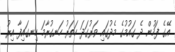
އޭގެ ފަހުން ދެ ގައުމުގެ މެދުގައި ވަރުގަދަ ހަތަރު ހަނގުރާމަ ހިނގައިފާ އިރު